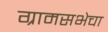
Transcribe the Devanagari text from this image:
ग्रामसभेचा